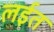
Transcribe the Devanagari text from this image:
लईत